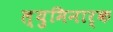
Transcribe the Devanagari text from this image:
ल्युमिनार्क